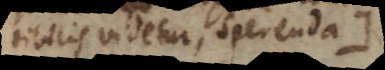
contemtibilis videtur, sper[n]enda.